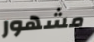
مشهور